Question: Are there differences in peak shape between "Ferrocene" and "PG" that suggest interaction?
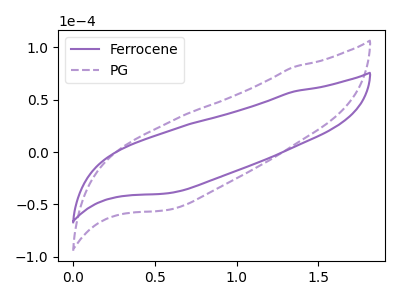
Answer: <think>The purple curve "Ferrocene" has no peaks. The purple dashed curve "PG" has no peaks.
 Neither "Ferrocene" or "PG" have any peaks.</think>
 <answer>No, "Ferrocene" and "PG" don't appear to be significantly different in shape</answer>
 <eval>no_change</eval>